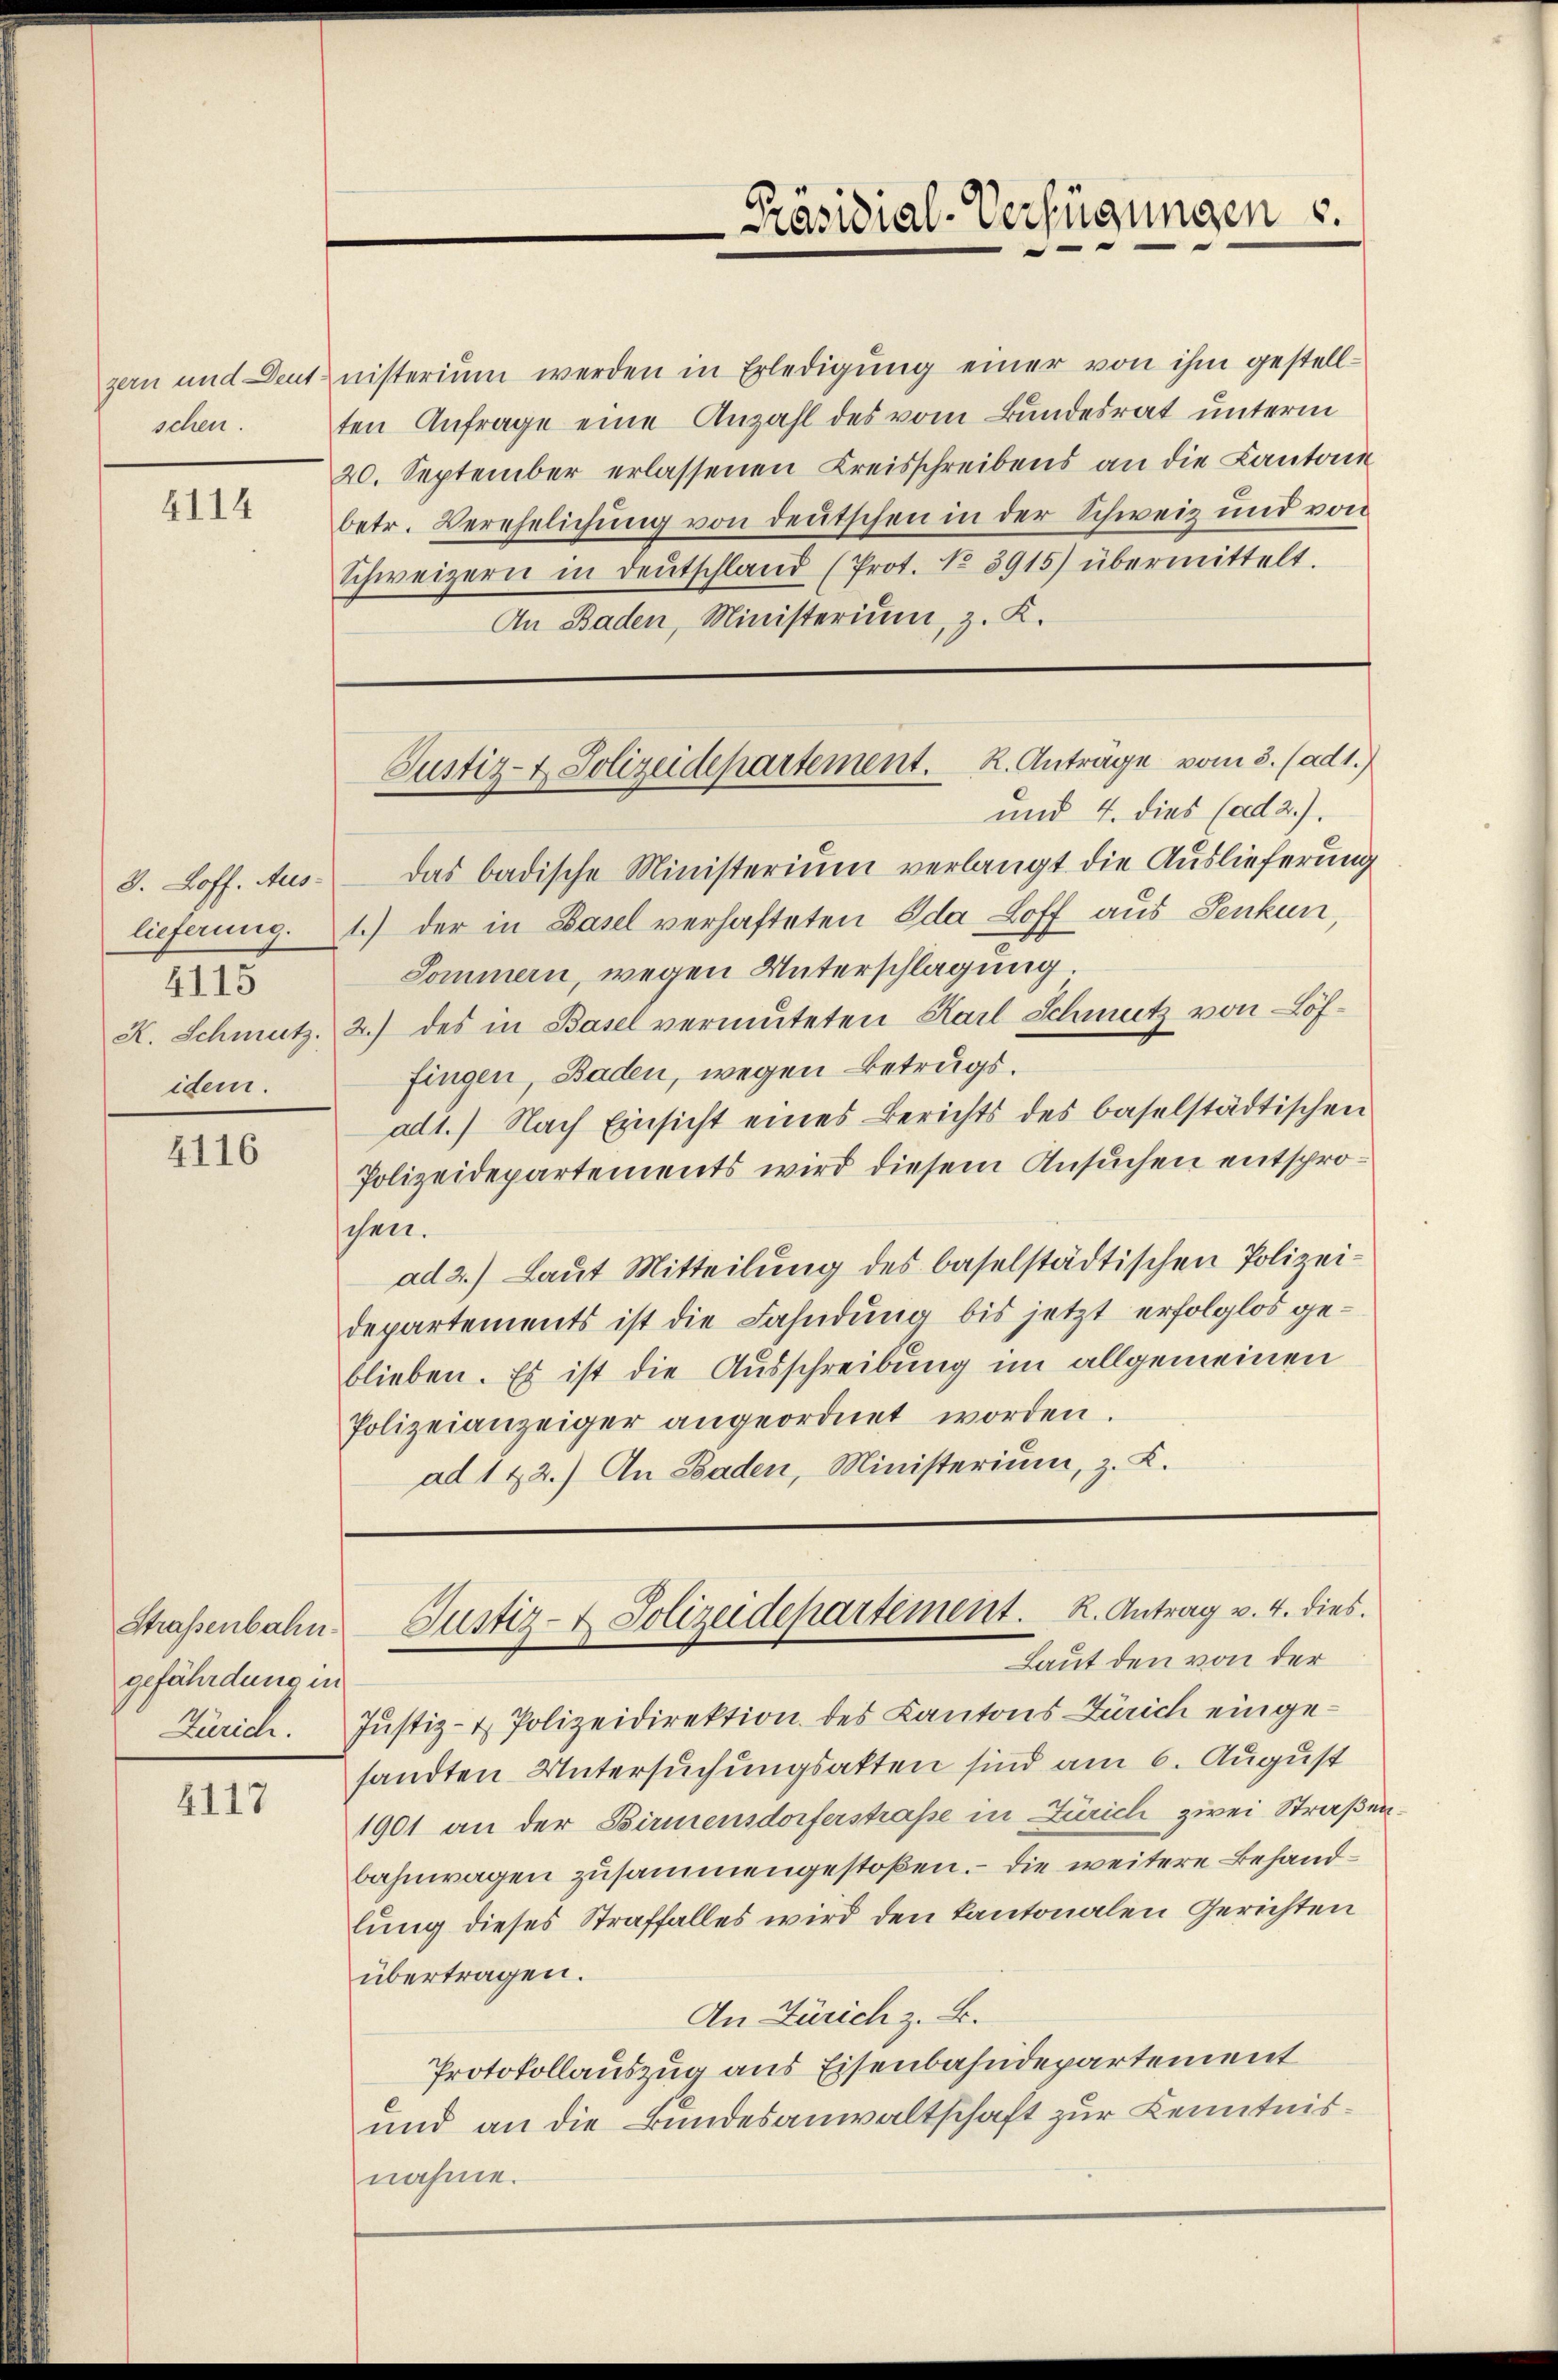
zern und Deut
schen.

4114

8. Loff. Aus-
4115
idem.

4116

gefährdung in

2117

nisterium werden in Erledigŭng einer von ihm gestell-
ten Anfrage eine Anzahl des vom Bundesrat unterm
20. September erlassenen Kreisschreibens an die Cantone
betr. Verehelichung von deutschen in der Schweiz und von
Schweizern in deutschland (Prot. No 3915) übermittelt.
An Baden, Ministerium, z. K.

das badische Ministerium verlangt die Auslieferung
lieferung. 1.) der in Basel verhafteten Ida Loff aus Senkun
Sommern, wegen Unterschlagung
K. Schmutz. 2.) des in Basel vermuteten Karl Schmutz von Löffingen, Baden, wegen Betrugs.
ad1.) Nach Einsicht eines Berichts des baselstädtischen
Polizeidepartements wird diesem Ansuchen entsproschen.
ad 2.) Laut Mitteilung des baselstädtischen Polizeidepartements ist die Fahndung bis jetzt erfolglos geblieben. Es ist die Ausschreibung im allgemeinen
Polizeianzeiger angeordnet worden.
ad 122.) An Baden, Ministerium, z. K.

Präsidial-Verfügungen u.
e

Justiz- & Polizeidepartement. K. Antrage vom 8. (ad 1.)
und 4. dies (ad 2.).

Straßenbahn. Justiz- & Polizeidepartement. R. Antrag v. 4. dies.
Laut den von der

Zürich. Jŭstiz- & Polizeidirektion des Kantons Zürich einge-
sandten Untersuchungsakten sind am 6. August
1901 an der Birmensdorferstraße in Zürich zwei Straßenbahnwagen zusammengestoßen. – Die weitere Behandlung dieses Straffalles wird den Kantonalen Gerichten
übertragen.
An Zürich z. B.
Protokollauszug aus Eisenbahndepartement
und an die Bundesanwaltschaft zur Kenntnisnahme.